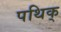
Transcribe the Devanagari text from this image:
पथिक्‌